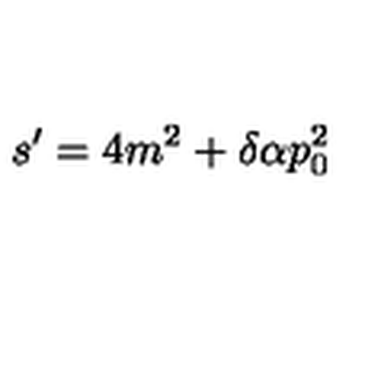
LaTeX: s ^ { \prime } = 4 m ^ { 2 } + \delta \alpha p _ { 0 } ^ { 2 } \protect \protect